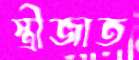
স্ত্রীজাত